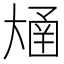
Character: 𫯴